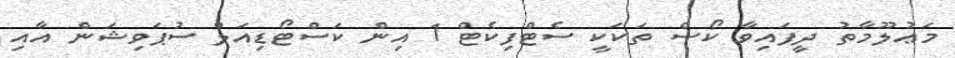
މަޢުލޫމާތު ދީފައިވާ ކޯސް ތަކަކީ ސެޓްފިކެޓް 1 އިން ކަސްޓޯޑިއަލް ސުޕަވިޝަން އާއި